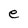
Character: e